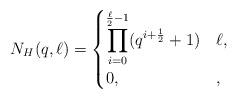
LaTeX: \begin{align*}N_H(q, \ell)&=\begin{cases}\displaystyle\prod_{i=0}^{\frac{\ell}{2}-1}(q^{i+\frac{1}{2}}+1) & \ell ,\\0, &,\end{cases}\end{align*}